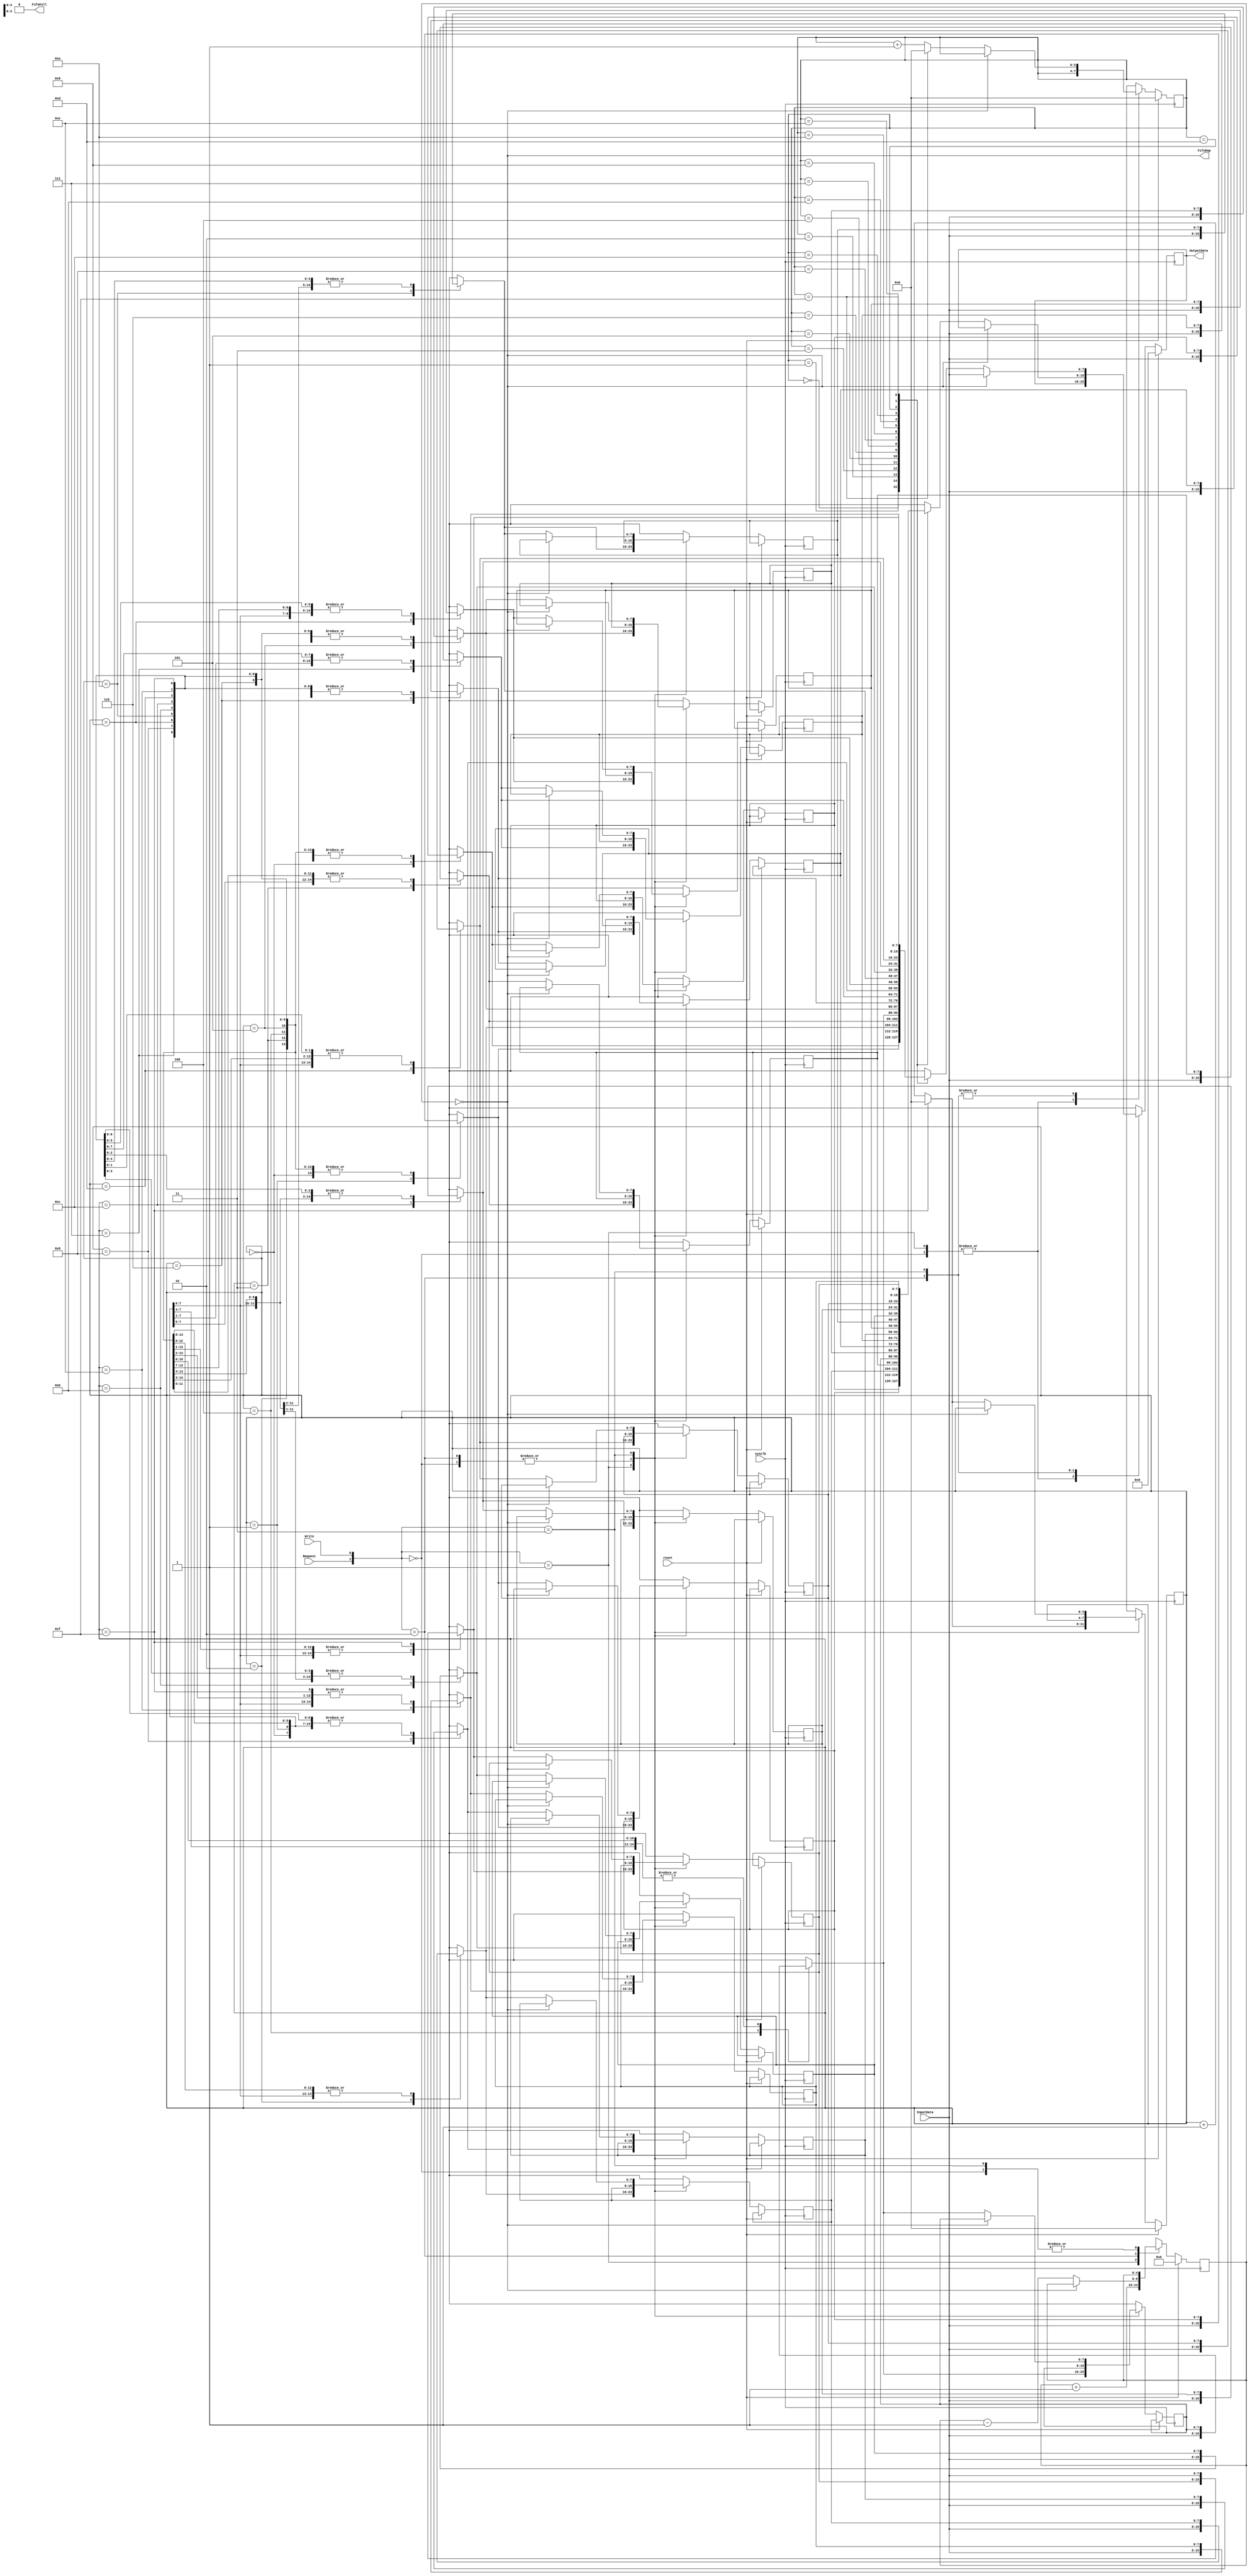
//=================================================================================//
//		File Name: FIFO
//		Version	: V0.1
//		Date Create: 7/Dec/2012
//================================================================================//

module FIFO(
				sysclk,
				reset,
				Write,
				InputData,
				Request,
            FifoEmp,
				FifoFull,
				OutputData);
parameter WIDTH=8;
parameter DEPTH=32;

input sysclk,reset,Request,Write;
input [WIDTH-1:0] InputData;
output [WIDTH-1:0] OutputData;
output FifoEmp,FifoFull;
reg [4:0] counter;

reg [WIDTH-1:0] OutputData;
reg [3:0] Request_ptr,Write_ptr;

reg [WIDTH-1:0] ram [DEPTH-1:0];

always @(negedge sysclk)
         if(reset)
                 begin
                    Request_ptr=0;
                    Write_ptr=0;
                    counter=0;
                    OutputData=0;
                end
   else // mod is same with the Request ptr,this means we need to stop;
                case({Request,Write})
                        2'b00: counter=counter;
                        2'b01: begin
                                 ram[Write_ptr]=InputData;    
                                 counter=counter+1'b1;
											Write_ptr=(Write_ptr==15)?0:Write_ptr+1'b1;
                                 end
                        2'b10: begin
                                 if(FifoEmp);
                                 else begin
                                 OutputData=ram[Request_ptr];
                                 counter=counter-1'b1;
                                 Request_ptr=(Request_ptr==15)?0:Request_ptr+1'b1;
                                 end
                                 end
                        2'b11: begin
                                if(counter==0)
											OutputData=InputData;
                                else
                                begin
                                 ram[Write_ptr]=InputData;
                                 OutputData=ram[Request_ptr];
                                 Write_ptr=(Write_ptr==15)?0:Write_ptr+1'b1;
                                 Request_ptr=(Request_ptr==15)?0:Request_ptr+1'b1;
                                end
                                end
                endcase
assign FifoEmp=(counter==0);
assign FifoFull=(counter==DEPTH);//I have changed from 15 to 16
endmodule